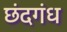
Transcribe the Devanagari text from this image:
छंदगंध